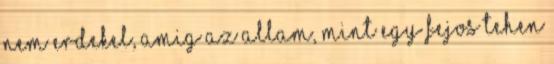
nem erdekel, amig az allam, mint egy fejos tehen